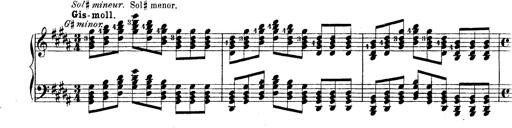
Title: Technische Studien
Composer: Franz Liszt